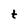
Character: t